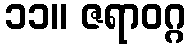
၁၁။ ဇရာဝဂ္ဂ